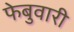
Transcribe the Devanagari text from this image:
फेबुवारी